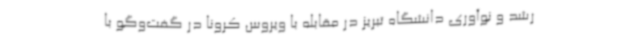
رشد و نوآوری دانشگاه تبریز در مقابله با ویروس کرونا در گفت‌وگو با